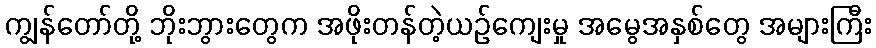
ကျွန်တော်တို့ ဘိုးဘွားတွေက အဖိုးတန်တဲ့ယဉ်ကျေးမှု အမွေအနှစ်တွေ အများကြီး